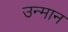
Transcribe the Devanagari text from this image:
उन्मान